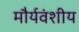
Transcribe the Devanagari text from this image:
मौर्यवंशीय